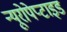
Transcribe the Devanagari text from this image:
न्यूरोपेप्टाइड